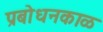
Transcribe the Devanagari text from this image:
प्रबोधनकाळ